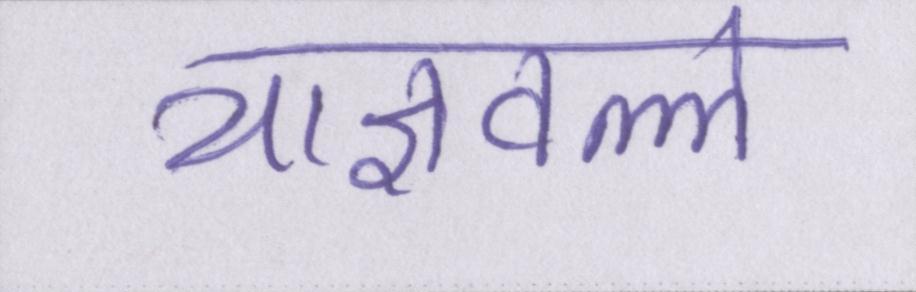
याज्ञवल्ल